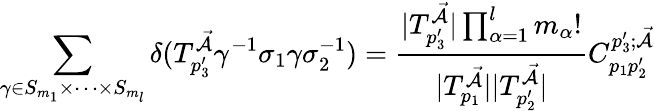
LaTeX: \sum_{\gamma\in S_{m_{1}}\times\dots\times S_{m_{l}}}\delta(T_{p_{3}^{\prime}}^{\mathcal{\vec{A}}}\gamma^{-1}\sigma_{1}\gamma\sigma_{2}^{-1})=\frac{|T_{p_{3}^{\prime}}^{\mathcal{\vec{A}}}|\prod_{\alpha=1}^{l}m_{\alpha}!}{|T_{p_{1}}^{\mathcal{\vec{A}}}||T_{p_{2}^{\prime}}^{\mathcal{\vec{A}}}|}C_{p_{1}p_{2}^{\prime}}^{p_{3}^{\prime};\mathcal{\vec{A}}}